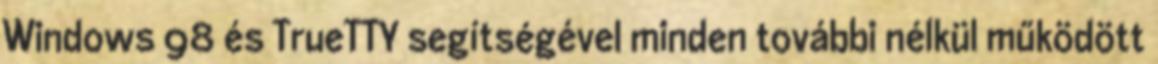
Windows 98 és TrueTTY segítségével minden további nélkül működött